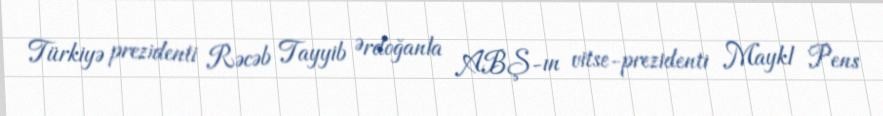
Türkiyə prezidenti Rəcəb Tayyib Ərdoğanla ABŞ-ın vitse-prezidenti Maykl Pens